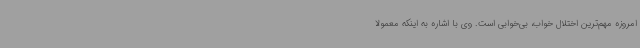
امروزه مهم‌ترین اختلال خواب، بی‌خوابی است. وی با اشاره به اینکه معمولا